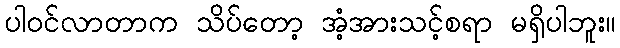
ပါဝင်လာတာက သိပ်တော့ အံ့အားသင့်စရာ မရှိပါဘူး။